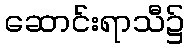
ဆောင်းရာသီ၌